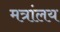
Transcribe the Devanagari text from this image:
मत्रांलय